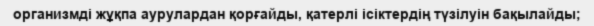
организмді жұқпа аурулардан қорғайды, қатерлі ісіктердің түзілуін бақылайды;